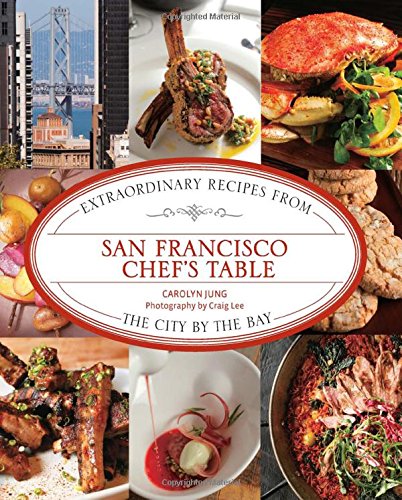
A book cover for San Francisco Chef's Table: Extraordinary Recipes From The City By The Bay; Carolyn Jung; Cookbooks, Food & Wine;